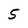
Character: 5